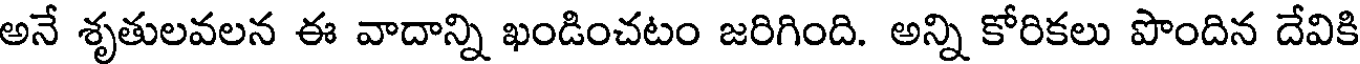
అనే శృతులవలన ఈ వాదాన్ని ఖండించటం జరిగింది. అన్ని కోరికలు పొందిన దేవికి